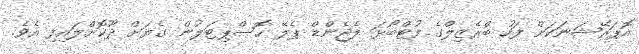
އޮޕަރޭޝަނަކަށް ފަހު ބްރެޒިލްގެ ފުޓްބޯޅަ ލެޖެންޑް ޕެލޭ ހޮސްޕިޓަލުން ގެޔަށް ދޫކޮށްލައިފި އެވެ.